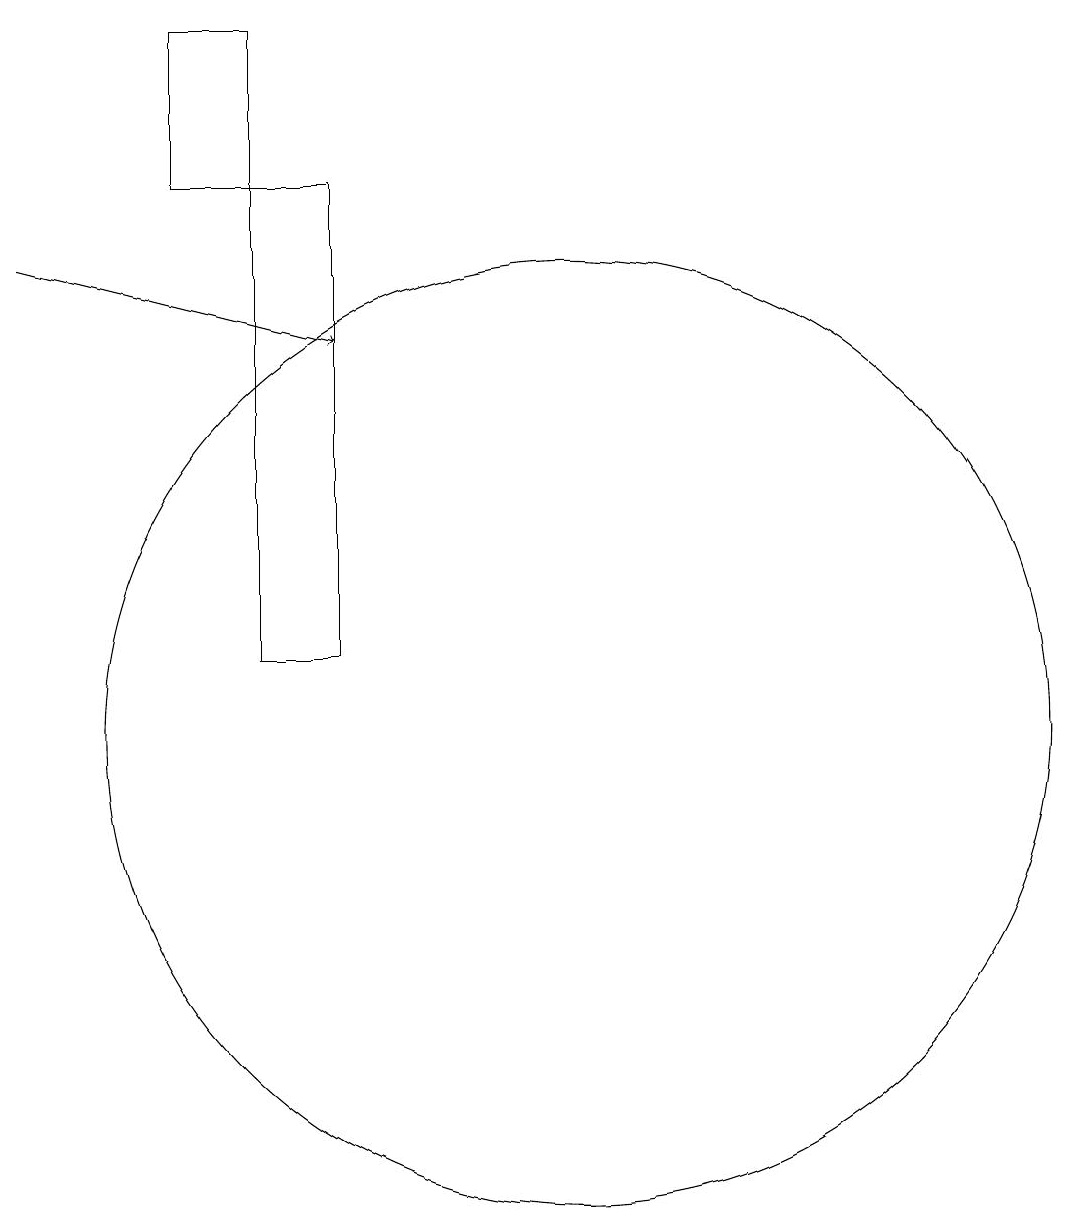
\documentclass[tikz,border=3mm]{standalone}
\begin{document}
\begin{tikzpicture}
\draw (5,19) rectangle (6,17);
\draw (7,12) rectangle (7,14);
\draw (10,10) circle (6);
\draw[->] (3,16) -- (7,15);
\draw (7,11) rectangle (6,17);
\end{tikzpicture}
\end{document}